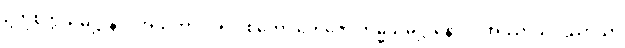
ဥတုစိတ္တသမုဋ္ဌာနာ။ အသိတာဒိပရိပါစကော တေဇော ကမ္မသမုဋ္ဌာနောဝ။ အဿာသပဿာသာ